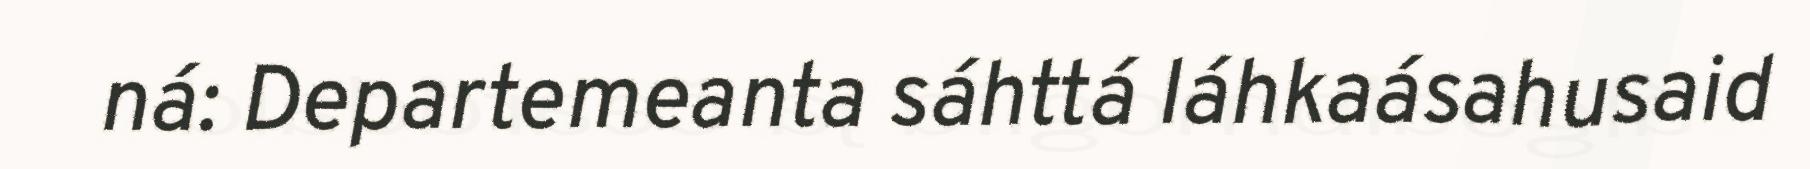
ná: Departemeanta sáhttá láhkaásahusaid